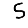
Digit: 5